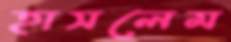
হাসলেম